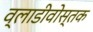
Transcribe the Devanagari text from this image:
व्लाडीवोस्तक